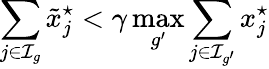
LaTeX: \sum_{j\in\mathcal{I}_{g}}\tilde{x}_{j}^{\star}<\gamma\operatorname*{max}_{g^{\prime}}\sum_{j\in\mathcal{I}_{g^{\prime}}}x_{j}^{\star}